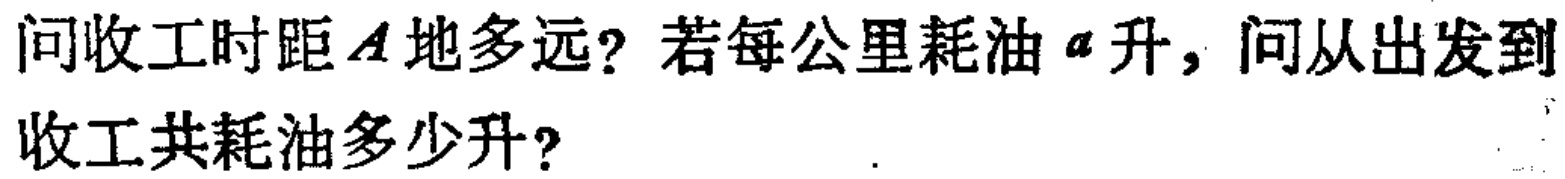
问收工时距\(A\)地多远？若每公里耗油\(a\)升，问从出发到收工共耗油多少升？